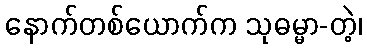
နောက်တစ်ယောက်က သုဓမ္မာ-တဲ့၊